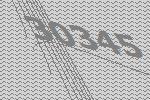
30345